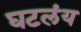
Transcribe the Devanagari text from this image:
घटलंय